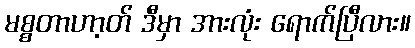
မစ္စတာဟာ့တ် ဒီမှာ အားလုံး ရောက်ပြီလား။